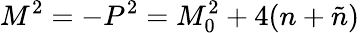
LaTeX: M^{2}=-P^{2}=M_{0}^{2}+4(n+\tilde{n})